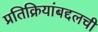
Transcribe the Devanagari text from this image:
प्रतिक्रियांबद्दलची